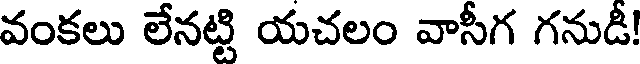
వంకలు లేనట్టి యచలం వాసీగ గనుడీ!